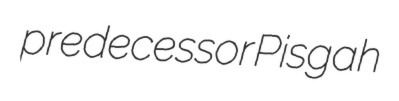
predecessor Pisgah